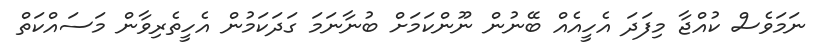
ނަމަވެސް ކުއްޖާ މިފަދަ އެހީއެއް ބޭނުން ނޫންކަމަށް ބުނާނަމަ ގަދަކަމުން އެހީތެރިވާން މަސައްކަތް